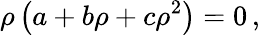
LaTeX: \rho\left(a+b\rho+c\rho^{2}\right)=0\, ,